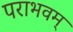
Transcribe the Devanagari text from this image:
पराभवम्‌